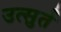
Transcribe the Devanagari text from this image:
उत्सुर्त